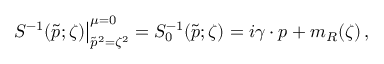
\left. S ^ { - 1 } ( \tilde { p } ; \zeta ) \right| _ { \tilde { p } ^ { 2 } = \zeta ^ { 2 } } ^ { \mu = 0 } = S _ { 0 } ^ { - 1 } ( \tilde { p } ; \zeta ) = i \gamma \cdot p + m _ { R } ( \zeta ) \, ,